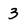
Character: 3